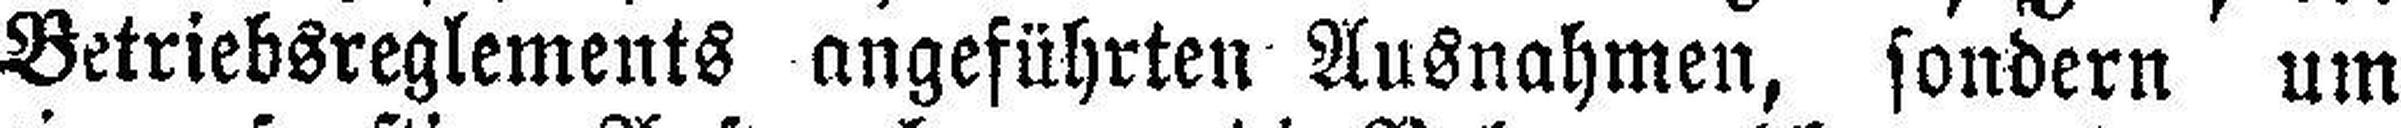
Betriebsreglements angeführten Ausnahmen, sondern um